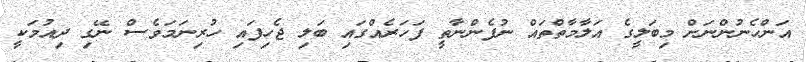
އަންހެނުންނަށް މިބަލީގެ އަލާމާތްތައް ނުފެންނާތީ ފަހަރެއްގައި ބަލި ޖެހިފައި ހުރިނަމަވެސް ނޭގި ދިއުމަކީ